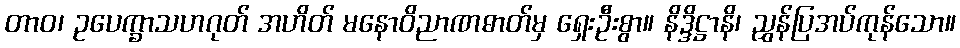
တာဝ၊ ဥပေက္ခာသဟဂုတ် အဟိတ် မနောဝိညာဏဓာတ်မှ ရှေးဦးစွာ။ နိဒ္ဒိဋ္ဌာနိ၊ ညွှန်ပြအပ်ကုန်သော။